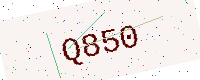
Text: Q850